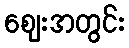
ဈေးအတွင်း